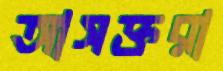
আসক্তরা